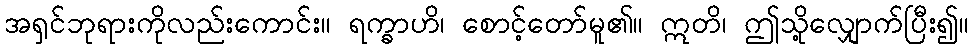
အရှင်ဘုရားကိုလည်းကောင်း။ ရက္ခာဟိ၊ စောင့်တော်မူ၏။ ဣတိ၊ ဤသို့လျှောက်ပြီး၍။